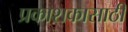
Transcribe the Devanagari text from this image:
प्रकाशकासाठी